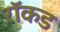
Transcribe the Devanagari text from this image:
रॉकड